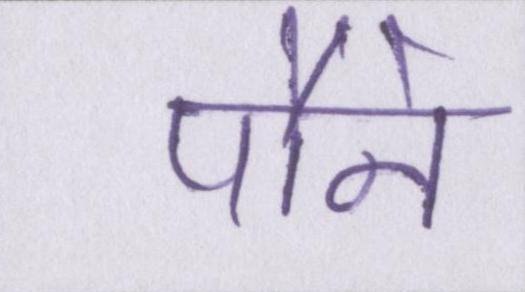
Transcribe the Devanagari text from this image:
पौने